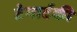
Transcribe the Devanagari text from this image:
टेगार्टकी